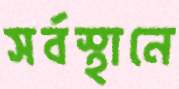
সর্বস্থানে